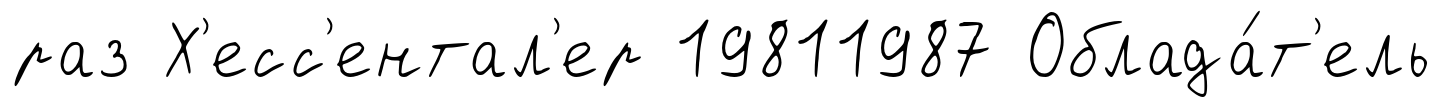
раз Х'есс'ентал'ер 19811987 Облада́т'ель